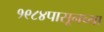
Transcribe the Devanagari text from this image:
१९८४पासूनच्या